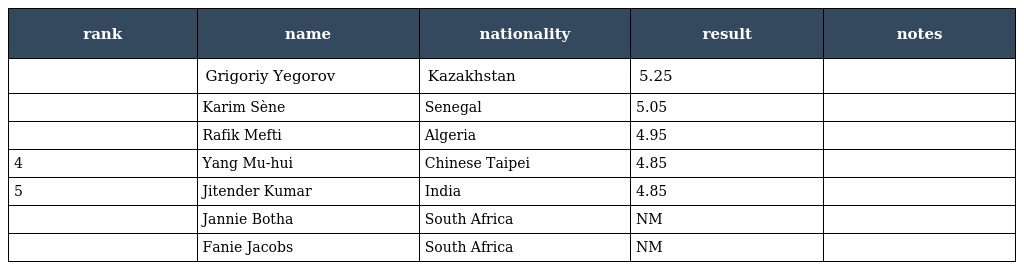
| rank | name | nationality | result | notes |
 | --- | --- | --- | --- | --- |
 |  | Grigoriy Yegorov | Kazakhstan | 5.25 |  |
 |  | Karim Sène | Senegal | 5.05 |  |
 |  | Rafik Mefti | Algeria | 4.95 |  |
 | 4 | Yang Mu-hui | Chinese Taipei | 4.85 |  |
 | 5 | Jitender Kumar | India | 4.85 |  |
 |  | Jannie Botha | South Africa | NM |  |
 |  | Fanie Jacobs | South Africa | NM |  |